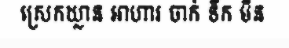
ស្រេកឃ្លាន អាហារ ចាក់ ទឹក មិន